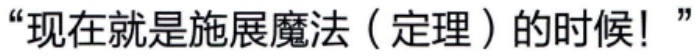
“现在就是施展魔法（定理）的时候！”